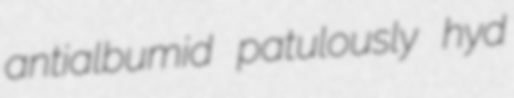
antialbumid patulously hyd